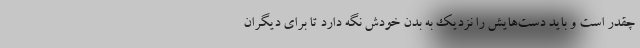
چقدر است و باید دست‌هایش را نزدیک به بدن خودش نگه دارد تا برای دیگران